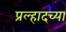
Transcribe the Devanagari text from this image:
प्रल्हादच्या